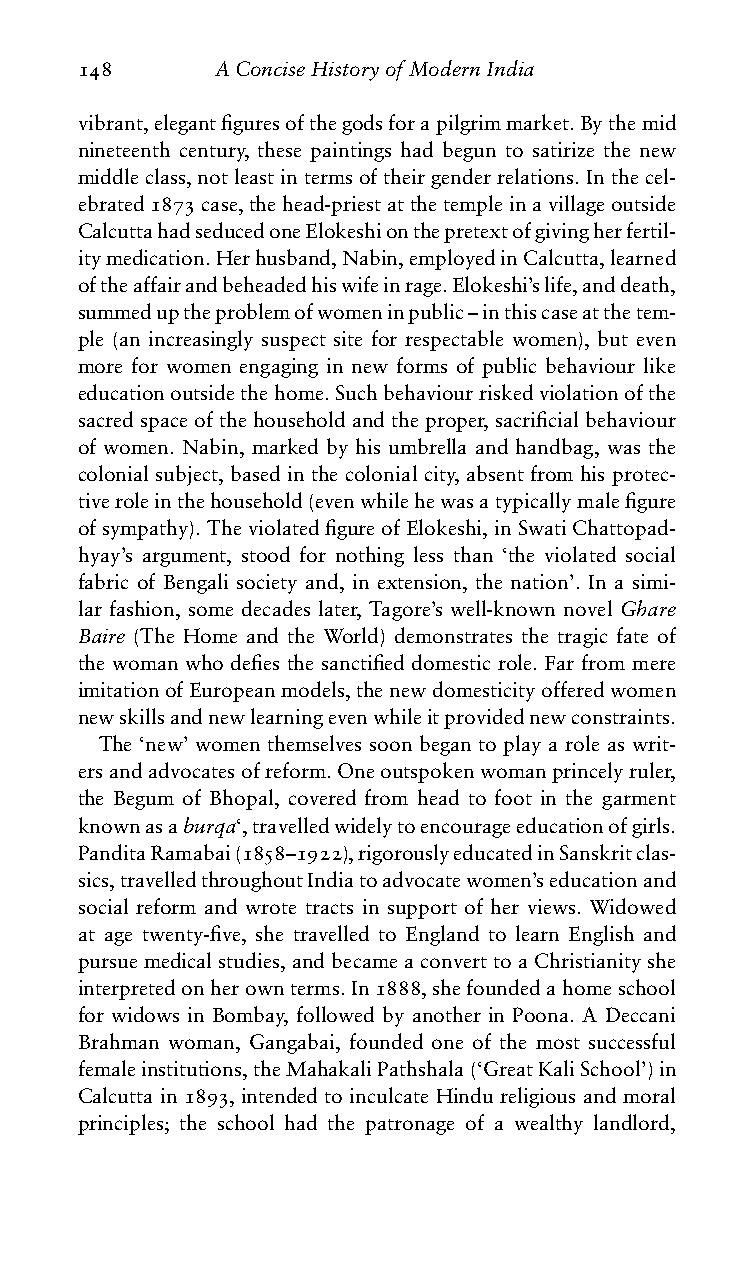
148      AConciseHistoryofModernIndia
 vibrant,elegantfiguresofthegodsforapilgrimmarket.Bythemid
 nineteenth century, these paintings had begun to satirize the new
 middleclass,notleastintermsoftheirgenderrelations.Inthecel-
 ebrated1873case,thehead-priestatthetempleinavillageoutside
 CalcuttahadseducedoneElokeshionthepretextofgivingherfertil-
 itymedication.Herhusband,Nabin,employedinCalcutta,learned
 oftheaffairandbeheadedhiswifeinrage.Elokeshi’slife,anddeath,
 summeduptheproblemofwomeninpublic–inthiscaseatthetem-
 ple (an increasingly suspect site for respectable women), but even
 more for women engaging in new forms of public behaviour like
 educationoutsidethehome.Suchbehaviourriskedviolationofthe
 sacredspaceofthehouseholdandtheproper,sacrificialbehaviour
 of women. Nabin, marked by his umbrella and handbag, was the
 colonial subject, based in the colonial city, absent from his protec-
 tiveroleinthehousehold(evenwhilehewasatypicallymalefigure
 ofsympathy).TheviolatedfigureofElokeshi,inSwatiChattopad-
 hyay’s argument, stood for nothing less than ‘the violated social
 fabric of Bengali society and, in extension, the nation’. In a simi-
 lar fashion, some decades later, Tagore’s well-known novel Ghare
 Baire (The Home and the World) demonstrates the tragic fate of
 the woman who defies the sanctified domestic role. Far from mere
 imitationofEuropeanmodels,thenewdomesticityofferedwomen
 newskillsandnewlearningevenwhileitprovidednewconstraints.
 The ‘new’ women themselves soon began to play a role as writ-
 ersandadvocatesofreform.Oneoutspokenwomanprincelyruler,
 the Begum of Bhopal, covered from head to foot in the garment
 knownasaburqa‘,travelledwidelytoencourageeducationofgirls.
 PanditaRamabai(1858–1922),rigorouslyeducatedinSanskritclas-
 sics,travelledthroughoutIndiatoadvocatewomen’seducationand
 social reform and wrote tracts in support of her views. Widowed
 at age twenty-five, she travelled to England to learn English and
 pursuemedicalstudies,andbecameaconverttoaChristianityshe
 interpretedonherownterms.In1888,shefoundedahomeschool
 for widows in Bombay, followed by another in Poona. A Deccani
 Brahman woman, Gangabai, founded one of the most successful
 femaleinstitutions,theMahakaliPathshala(‘GreatKaliSchool’)in
 Calcutta in 1893, intended to inculcate Hindu religious and moral
 principles; the school had the patronage of a wealthy landlord,